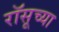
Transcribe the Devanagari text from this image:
रॉसूच्या